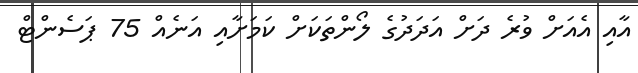
އާއި އެއަށް ވުރެ ދަށް އަދަދުގެ ލޯންތަކަށް ކަމަށާއި އަނެއް 75 ޕަސެންޓް